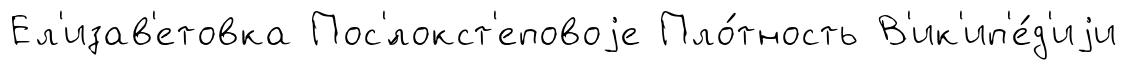
Ел'изав'етовка Пос'́локст'еповоjе Пло́тность В'ик'ип'е́д'иjи